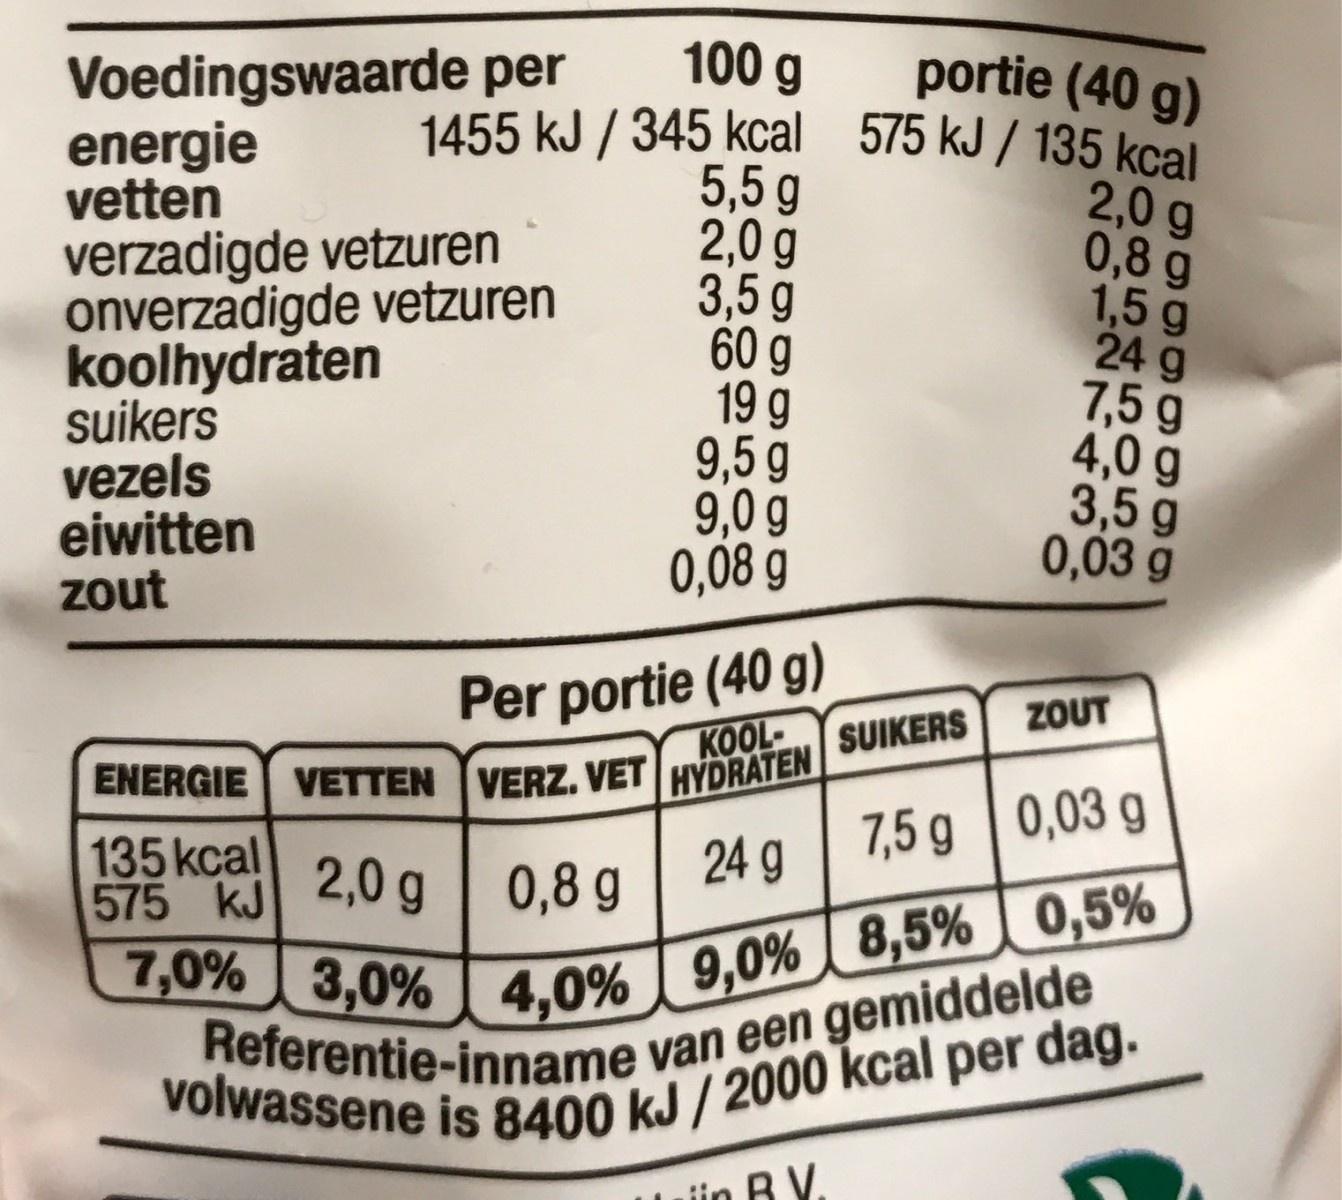
100 g 1455 kJ / 345 kcal 575 kJ / 135 kcal 5,5 g 2,0 g 3,5 g 60 g 19 g 9,5 g 9,0 g 0,08 g portie (40 g) Voedingswaarde per energie vetten verzadigde vetzuren onverzadigde vetzuren koolhydraten suikers vezels eiwitten zout 2,0 g 0,8 g 1,5 g 24 g 7,5 9 4,0 g 3,5g 0,03 g Per portie (40 g) ZOUT ENERGIE VETTEN VERZ, VET HYDRATEN/ SUIKERS 135 kcal 575 kJ 2,0 g 0,8 g | 24 g 7,5 g | 0,03 g 7,0% 3,0% 4,0% 9,0% 8,5% 0,5% Referentie-inname van een gemiddelde volwassene is 8400 kJ / 2000 kcal per dag. Luiin B V.